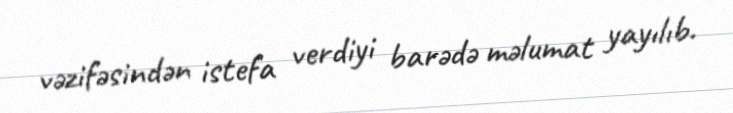
vəzifəsindən istefa verdiyi barədə məlumat yayılıb.